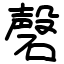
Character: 磬